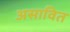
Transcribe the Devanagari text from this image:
असावित